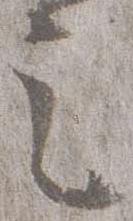
之